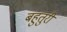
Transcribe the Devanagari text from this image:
बहुतुरी